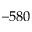
- 5 8 0